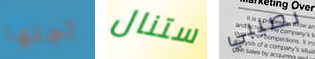
أجلها ستنال نصيبي